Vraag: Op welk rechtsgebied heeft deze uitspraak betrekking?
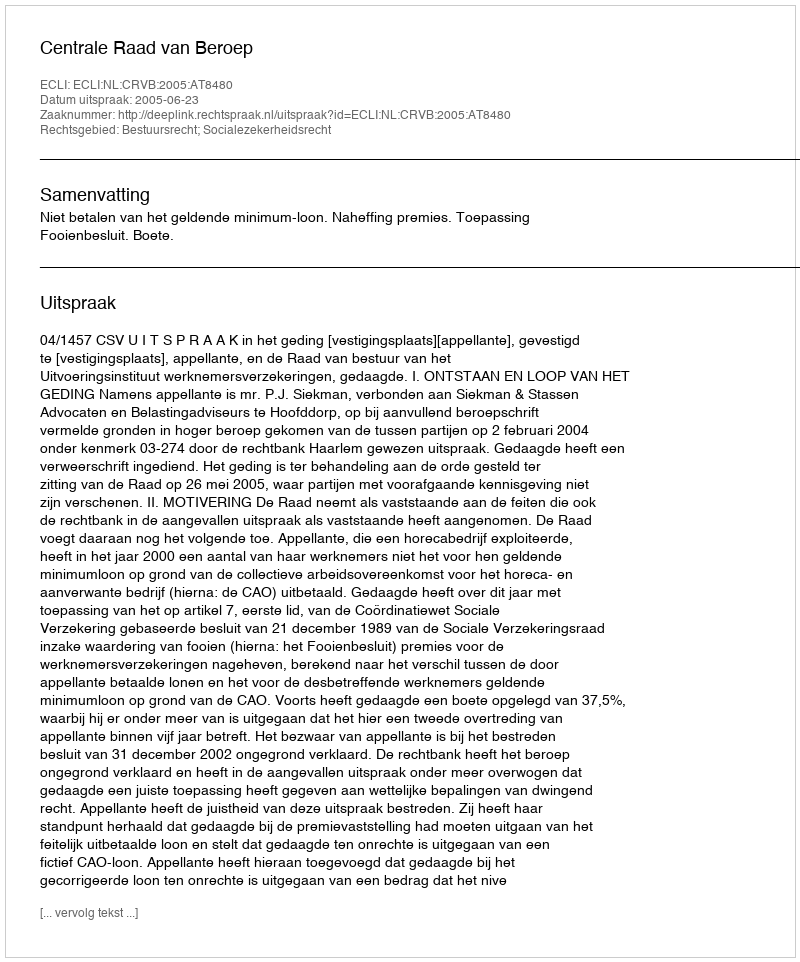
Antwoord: Bestuursrecht; Socialezekerheidsrecht